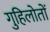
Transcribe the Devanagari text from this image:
गुहिलोतों